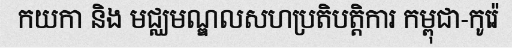
កយកា និង មជ្ឈមណ្ឌលសហប្រតិបត្តិការ កម្ពុជា-កូរ៉េ